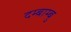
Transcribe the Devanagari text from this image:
दम्बाम्बु